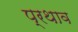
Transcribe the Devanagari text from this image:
प्रथाव